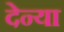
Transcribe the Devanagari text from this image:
देन्या